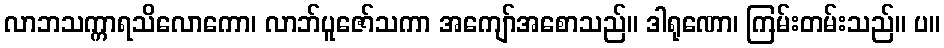
လာဘသက္ကာရသိလောကော၊ လာဘ်ပူဇော်သကာ အကျော်အစောသည်။ ဒါရုဏော၊ ကြမ်းတမ်းသည်။ ပ။